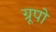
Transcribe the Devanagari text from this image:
ग्रूपो